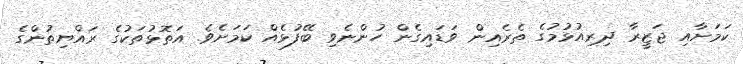
ކަމަށާއި ޖަޒީރާ ދިރިއުޅުމުގެ ތެރެއިން ވަޑައިގެން ހުންނެވި ބޭފުޅެއް ކަމަށެވެ. އަތޮޅުތަކުގެ ރައްޔިތުންގެ